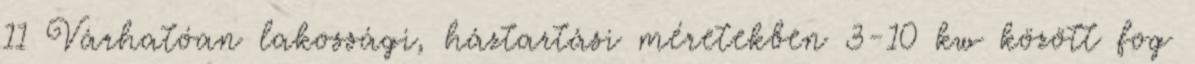
11 Várhatóan lakossági, háztartási méretekben 3-10 kw között fog